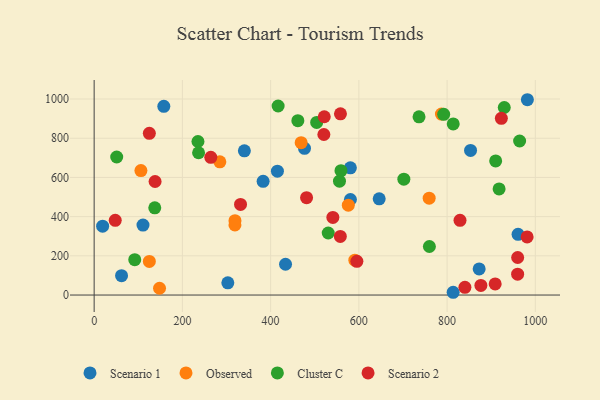
{"axis": {"x": "Price", "y": "Demand"}, "legend": ["Cluster C", "Observed", "Scenario 1", "Scenario 2"], "data": [{"x": "383.0", "y": 580.4, "type": "Scenario 1"}, {"x": "19.2", "y": 351.2, "type": "Scenario 1"}, {"x": "62.1", "y": 98.6, "type": "Scenario 1"}, {"x": "303.0", "y": 62.2, "type": "Scenario 1"}, {"x": "813.8", "y": 14.1, "type": "Scenario 1"}, {"x": "110.7", "y": 356.9, "type": "Scenario 1"}, {"x": "433.8", "y": 157.2, "type": "Scenario 1"}, {"x": "340.5", "y": 735.7, "type": "Scenario 1"}, {"x": "580.8", "y": 649.2, "type": "Scenario 1"}, {"x": "415.4", "y": 631.9, "type": "Scenario 1"}, {"x": "476.8", "y": 748.5, "type": "Scenario 1"}, {"x": "853.2", "y": 738.0, "type": "Scenario 1"}, {"x": "982.0", "y": 996.5, "type": "Scenario 1"}, {"x": "157.9", "y": 962.9, "type": "Scenario 1"}, {"x": "960.9", "y": 309.9, "type": "Scenario 1"}, {"x": "646.1", "y": 490.8, "type": "Scenario 1"}, {"x": "872.7", "y": 133.4, "type": "Scenario 1"}, {"x": "580.9", "y": 487.4, "type": "Scenario 1"}, {"x": "319.2", "y": 379.6, "type": "Observed"}, {"x": "319.1", "y": 357.7, "type": "Observed"}, {"x": "148.2", "y": 34.6, "type": "Observed"}, {"x": "759.4", "y": 494.1, "type": "Observed"}, {"x": "284.9", "y": 679.6, "type": "Observed"}, {"x": "787.2", "y": 923.2, "type": "Observed"}, {"x": "576.1", "y": 458.4, "type": "Observed"}, {"x": "106.0", "y": 634.8, "type": "Observed"}, {"x": "125.1", "y": 171.3, "type": "Observed"}, {"x": "469.2", "y": 777.3, "type": "Observed"}, {"x": "590.9", "y": 177.7, "type": "Observed"}, {"x": "792.3", "y": 922.0, "type": "Cluster C"}, {"x": "813.9", "y": 873.1, "type": "Cluster C"}, {"x": "964.4", "y": 785.9, "type": "Cluster C"}, {"x": "702.0", "y": 591.2, "type": "Cluster C"}, {"x": "51.1", "y": 704.4, "type": "Cluster C"}, {"x": "736.4", "y": 909.2, "type": "Cluster C"}, {"x": "917.9", "y": 541.6, "type": "Cluster C"}, {"x": "92.0", "y": 180.4, "type": "Cluster C"}, {"x": "417.0", "y": 964.6, "type": "Cluster C"}, {"x": "137.4", "y": 444.8, "type": "Cluster C"}, {"x": "929.6", "y": 956.9, "type": "Cluster C"}, {"x": "461.7", "y": 889.8, "type": "Cluster C"}, {"x": "556.1", "y": 580.8, "type": "Cluster C"}, {"x": "235.3", "y": 783.4, "type": "Cluster C"}, {"x": "759.9", "y": 247.7, "type": "Cluster C"}, {"x": "910.1", "y": 684.2, "type": "Cluster C"}, {"x": "530.6", "y": 316.6, "type": "Cluster C"}, {"x": "236.7", "y": 725.9, "type": "Cluster C"}, {"x": "504.4", "y": 880.8, "type": "Cluster C"}, {"x": "559.5", "y": 634.5, "type": "Cluster C"}, {"x": "541.1", "y": 396.0, "type": "Scenario 2"}, {"x": "558.0", "y": 299.0, "type": "Scenario 2"}, {"x": "520.7", "y": 819.0, "type": "Scenario 2"}, {"x": "829.3", "y": 381.4, "type": "Scenario 2"}, {"x": "595.5", "y": 172.0, "type": "Scenario 2"}, {"x": "923.0", "y": 901.5, "type": "Scenario 2"}, {"x": "521.6", "y": 909.6, "type": "Scenario 2"}, {"x": "331.8", "y": 462.3, "type": "Scenario 2"}, {"x": "960.0", "y": 191.4, "type": "Scenario 2"}, {"x": "47.8", "y": 381.3, "type": "Scenario 2"}, {"x": "840.4", "y": 39.5, "type": "Scenario 2"}, {"x": "876.6", "y": 49.1, "type": "Scenario 2"}, {"x": "558.3", "y": 924.8, "type": "Scenario 2"}, {"x": "138.1", "y": 579.4, "type": "Scenario 2"}, {"x": "481.5", "y": 496.6, "type": "Scenario 2"}, {"x": "125.1", "y": 825.0, "type": "Scenario 2"}, {"x": "909.0", "y": 56.7, "type": "Scenario 2"}, {"x": "959.9", "y": 106.6, "type": "Scenario 2"}, {"x": "264.4", "y": 702.7, "type": "Scenario 2"}, {"x": "981.4", "y": 296.5, "type": "Scenario 2"}]}